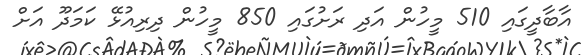
އާބާދީގައި 510 މީހުން އަދި ރަށުގައި 850 މީހުން ދިރިއުޅޭ ކަމަދޫ އަށް